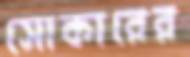
সোকারের